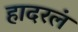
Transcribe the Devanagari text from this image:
हादरलं